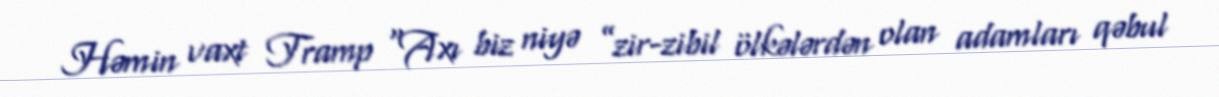
Həmin vaxt Tramp “Axı biz niyə ”zir-zibil ölkələrdən olan adamları qəbul